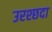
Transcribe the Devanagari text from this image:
उरश्छदा